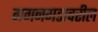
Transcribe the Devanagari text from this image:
गगनगडावरील